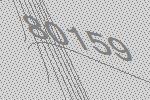
80159